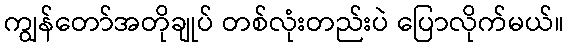
ကျွန်တော်အတိုချုပ် တစ်လုံးတည်းပဲ ပြောလိုက်မယ်။